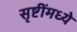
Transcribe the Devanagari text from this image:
सृष्टींमध्ये